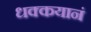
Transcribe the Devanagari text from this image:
धक्कयानं